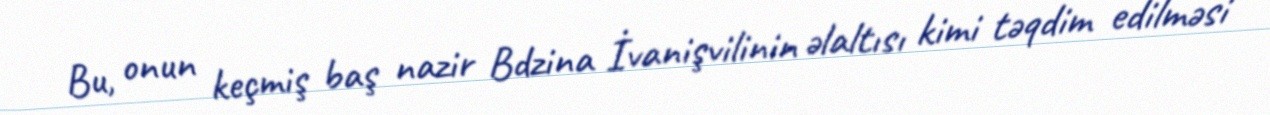
Bu, onun keçmiş baş nazir Bdzina İvanişvilinin əlaltısı kimi təqdim edilməsi